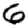
Digit: 6